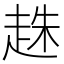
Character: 趎